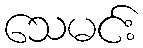
သေမင်း